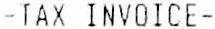
-TAX INVOICE-